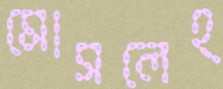
মোসলেহ্